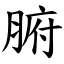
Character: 腑